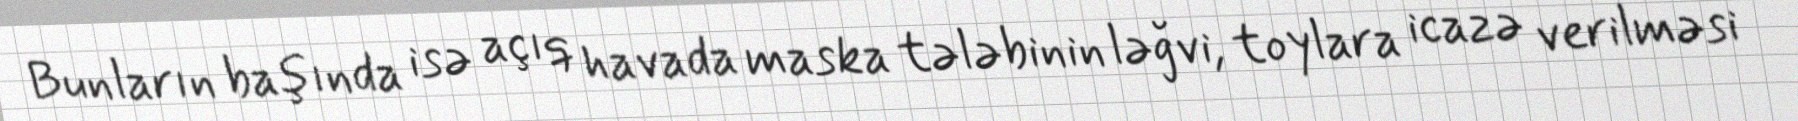
Bunların başında isə açıq havada maska tələbinin ləğvi, toylara icazə verilməsi